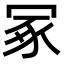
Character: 冢